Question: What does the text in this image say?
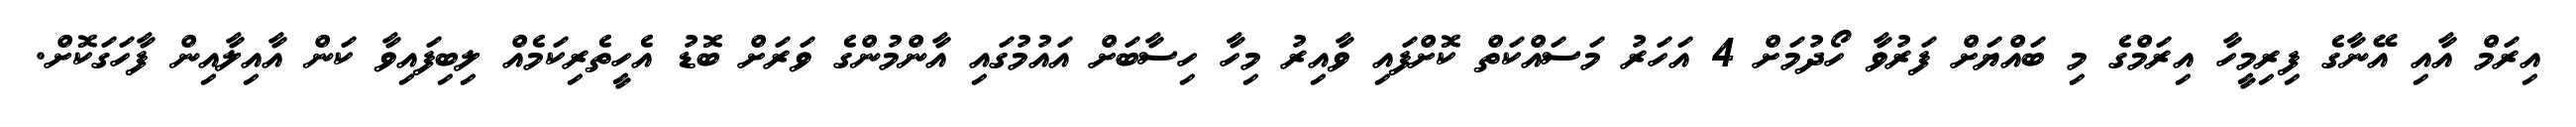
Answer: އިރަމް އާއި އޭނާގެ ފިރިމީހާ އިރަމްގެ މި ބައްޔަށް ފަރުވާ ހޯދުމަށް 4 އަހަރު މަސައްކަތް ކޮށްފައި ވާއިރު މިހާ ހިސާބަށް އައުމުގައި އާންމުންގެ ވަރަށް ބޮޑު އެހީތެރިކަމެއް ލިބިފައިވާ ކަން އާއިލާއިން ފާހަގަކޮށް.